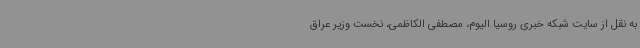
به نقل از سایت شبکه خبری روسیا الیوم، مصطفی الکاظمی، نخست وزیر عراق